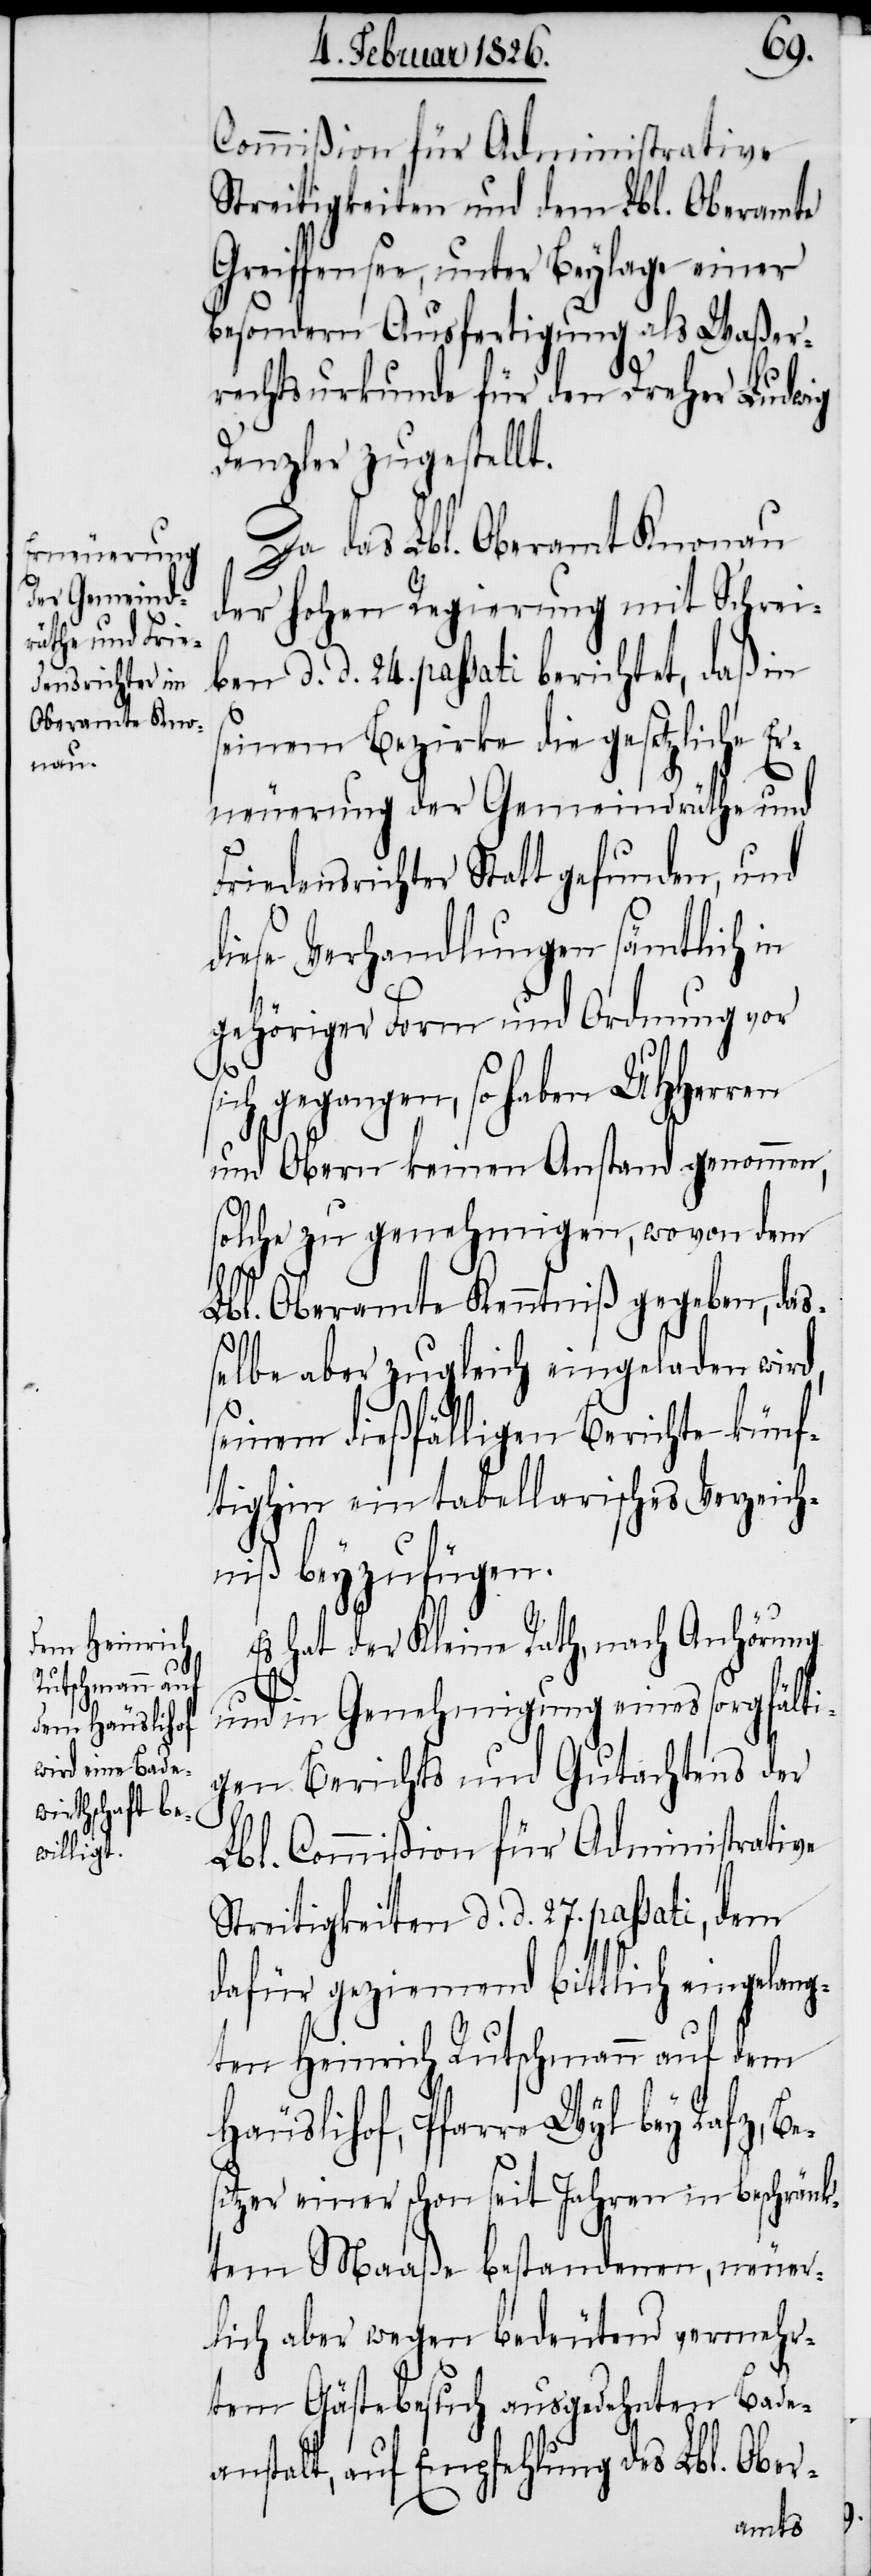
Commißion für administrative
Streitigkeiten und dem Lbl. Oberamte
Greiffensee, unter Beylage einer
besondern Ausfertigung als Waßer¬
rechtsurkunde für den Dreher Ludwig
Denzler zugestellt.
Da das Lbl. Oberamt Knonau
der hohen Regierung mit Schrei¬
ben d. d. 24. passati berichtet, daß in
seinem Bezirke die gesetzliche Er¬
neuerung der Gemeindräthe und
Friedensrichter Statt gefunden, und
diese Verhandlungen sämtlich in
gehöriger Form und Ordnung vor
sich gegangen, so haben UHHerren
und Obern keinen Anstand genommen,
solche zu genehmigen, wovon dem
Lbl. Oberamte Kenntniß gegeben, das¬
selbe aber zugleich eingeladen wird,
seinem dießfälligen Berichte künf¬
tighin ein tabellarisches Verzeich¬
niß beyzufügen.
Es hat der Kleine Rath, nach Anhörung
und in Genehmigung eines sorgfälti¬
gen Berichts und Gutachtens der
Lbl. Commißion für Administrative
Streitigkeiten d. d. 27. passati, dem
dafür geziemend bittlich eingelang¬
ten Heinrich Rutschmann auf dem
Häuslihof, Pfarre Wyl bey Rafz, Be¬
sitzer einer schon seit Jahren in beschränk¬
tem Maaße bestandenen, neuer¬
lich aber wegen bedeutend vermehr¬
tem Gästebesuch ausgedachten Bade¬
anstalt, auf Empfehlung des Lbl. Ober-